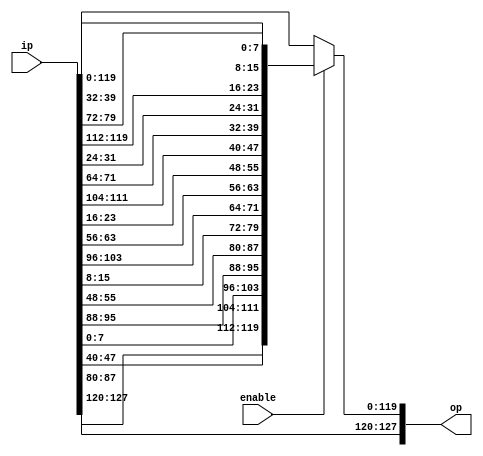
module shiftRows_top(
input [127:0] ip,
input enable,
output [127:0] op
);
wire [127:0] out;

            assign out[127:120] = ip[127:120];
            assign out[119:112] = ip[87:80];
            assign out[111:104] = ip[47:40];
            assign out[103:96] = ip[7:0];
                    
            assign out[95:88] = ip[95:88];
            assign out[87:80] = ip[55:48];
            assign out[79:72] = ip[15:8];
            assign out[71:64] = ip[103:96];
                    
            assign out[63:56] = ip[63:56];
            assign out[55:48] = ip[23:16];
            assign out[47:40] = ip[111:104];
            assign out[39:32] = ip[71:64];
                    
            assign out[31:24] = ip[31:24];
            assign out[23:16] = ip[119:112];
            assign out[15:8] = ip[79:72];
            assign out[7:0] = ip[39:32];
                    
        assign op = enable? out:ip;
endmodule